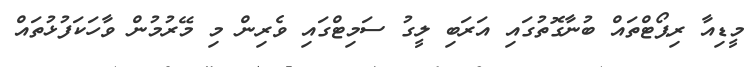
މީޑިއާ ރިޕޯޓްތައް ބުނާގޮތުގައި އަރަބި ލީގު ސަމިޓްގައި ވެރިން މި މޭރުމުން ވާހަކަފުޅުތައް